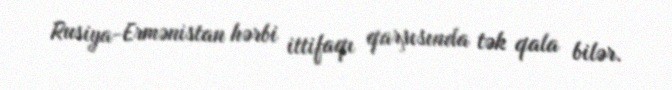
Rusiya-Ermənistan hərbi ittifaqı qarşısında tək qala bilər.